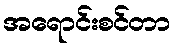
အရောင်းစင်တာ